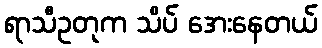
ရာသီဥတုက သိပ် အေးနေတယ်